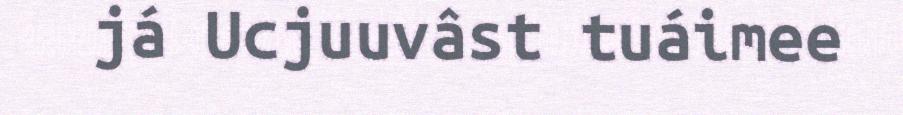
já Ucjuuvâst tuáimee